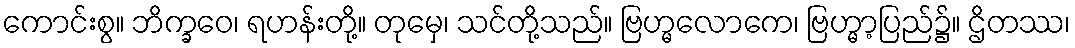
ကောင်းစွ။ ဘိက္ခဝေ၊ ရဟန်းတို့။ တုမှေ၊ သင်တို့သည်။ ဗြဟ္မလောကေ၊ ဗြဟ္မာ့ပြည်၌။ ဌိတဿ၊